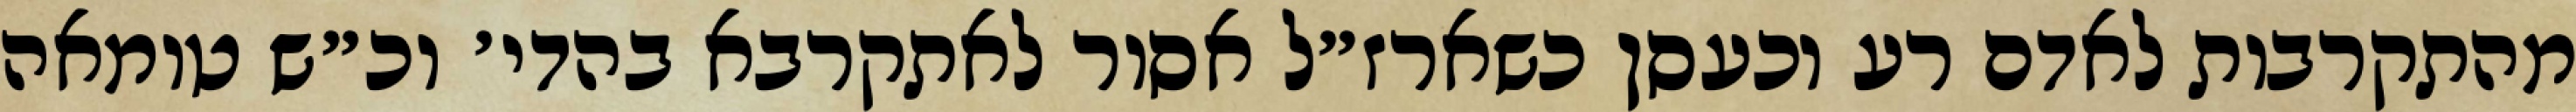
מהתקרבות לאדם רע וכעסן כשארז״ל אסור לאתקרבא בהדי׳ וכ״ש טומאה